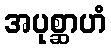
အပုစ္ဆာဟံ